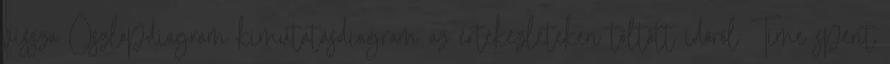
vissza Oszlopdiagram kimutatásdiagram az értekezleteken töltött időről Time spent